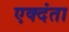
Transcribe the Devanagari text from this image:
एक्दंता